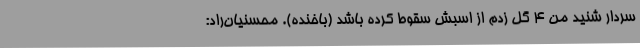
سردار شنید من 4 گل زدم از اسبش سقوط کرده باشد (باخنده). محسنیان‌راد: